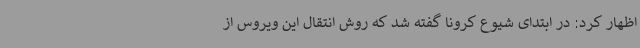
اظهار کرد: در ابتدای شیوع کرونا گفته شد که روش انتقال این ویروس از